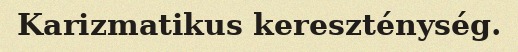
Karizmatikus kereszténység.